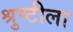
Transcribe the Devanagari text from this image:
श्रुष्टीला